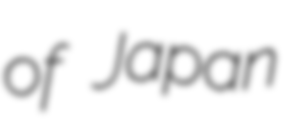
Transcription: of Japan